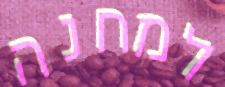
למחנה